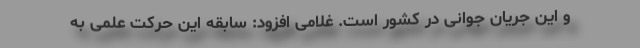
و این جریان جوانی در کشور است. غلامی افزود: سابقه این حرکت علمی به